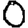
Digit: 0